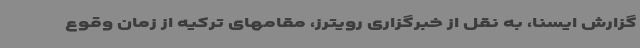
گزارش ایسنا، به نقل از خبرگزاری رویترز، مقامهای ترکیه از زمان وقوع